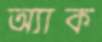
অ্যাক